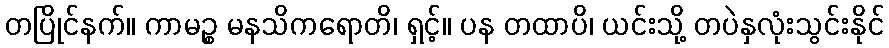
တပြိုင်နက်။ ကာမဉ္စ မနသိကရောတိ၊ ရှင့်။ ပန တထာပိ၊ ယင်းသို့ တပဲနှလုံးသွင်းနိုင်